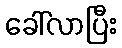
ခေါ်လာပြီး